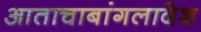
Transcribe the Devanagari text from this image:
आताचाबांगलादेश